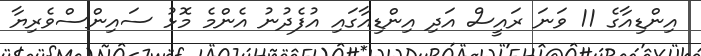
އިންޑިއާގެ 11 ވަނަ ރައީސް އަދި އިންޑިއާގައި އުފެދުނު އެންމެ މޮޅު ސައިންސްވެރިޔާ